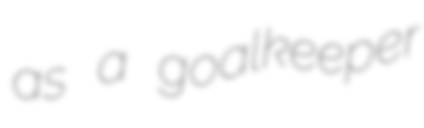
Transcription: as a goalkeeper